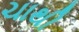
ચાથી